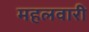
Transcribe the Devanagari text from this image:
महलवारी